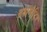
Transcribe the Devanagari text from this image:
ब्रह्ममंदिर